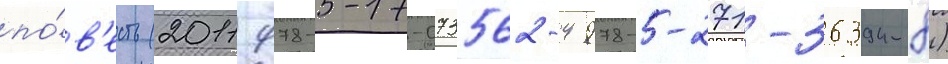
по́в'есть (2011 978-5-17-073562-4 978-5-271-36394-8)